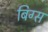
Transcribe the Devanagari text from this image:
बिग्स